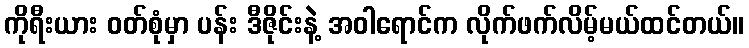
ကိုရီးယား ဝတ်စုံမှာ ပန်း ဒီဇိုင်းနဲ့ အဝါရောင်က လိုက်ဖက်လိမ့်မယ်ထင်တယ်။